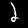
Label: 2